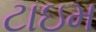
ટાઇમ